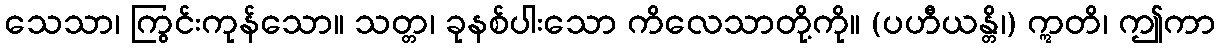
သေသာ၊ ကြွင်းကုန်သော။ သတ္တ၊ ခုနစ်ပါးသော ကိလေသာတို့ကို။ (ပဟီယန္တိ၊) ဣတိ၊ ဤကာ